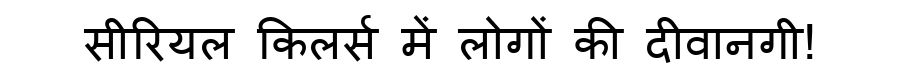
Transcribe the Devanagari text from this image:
सीरियल किलर्स में लोगों की दीवानगी!